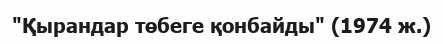
"Қырандар төбеге қонбайды" (1974 ж.)